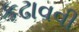
કઢાવવી